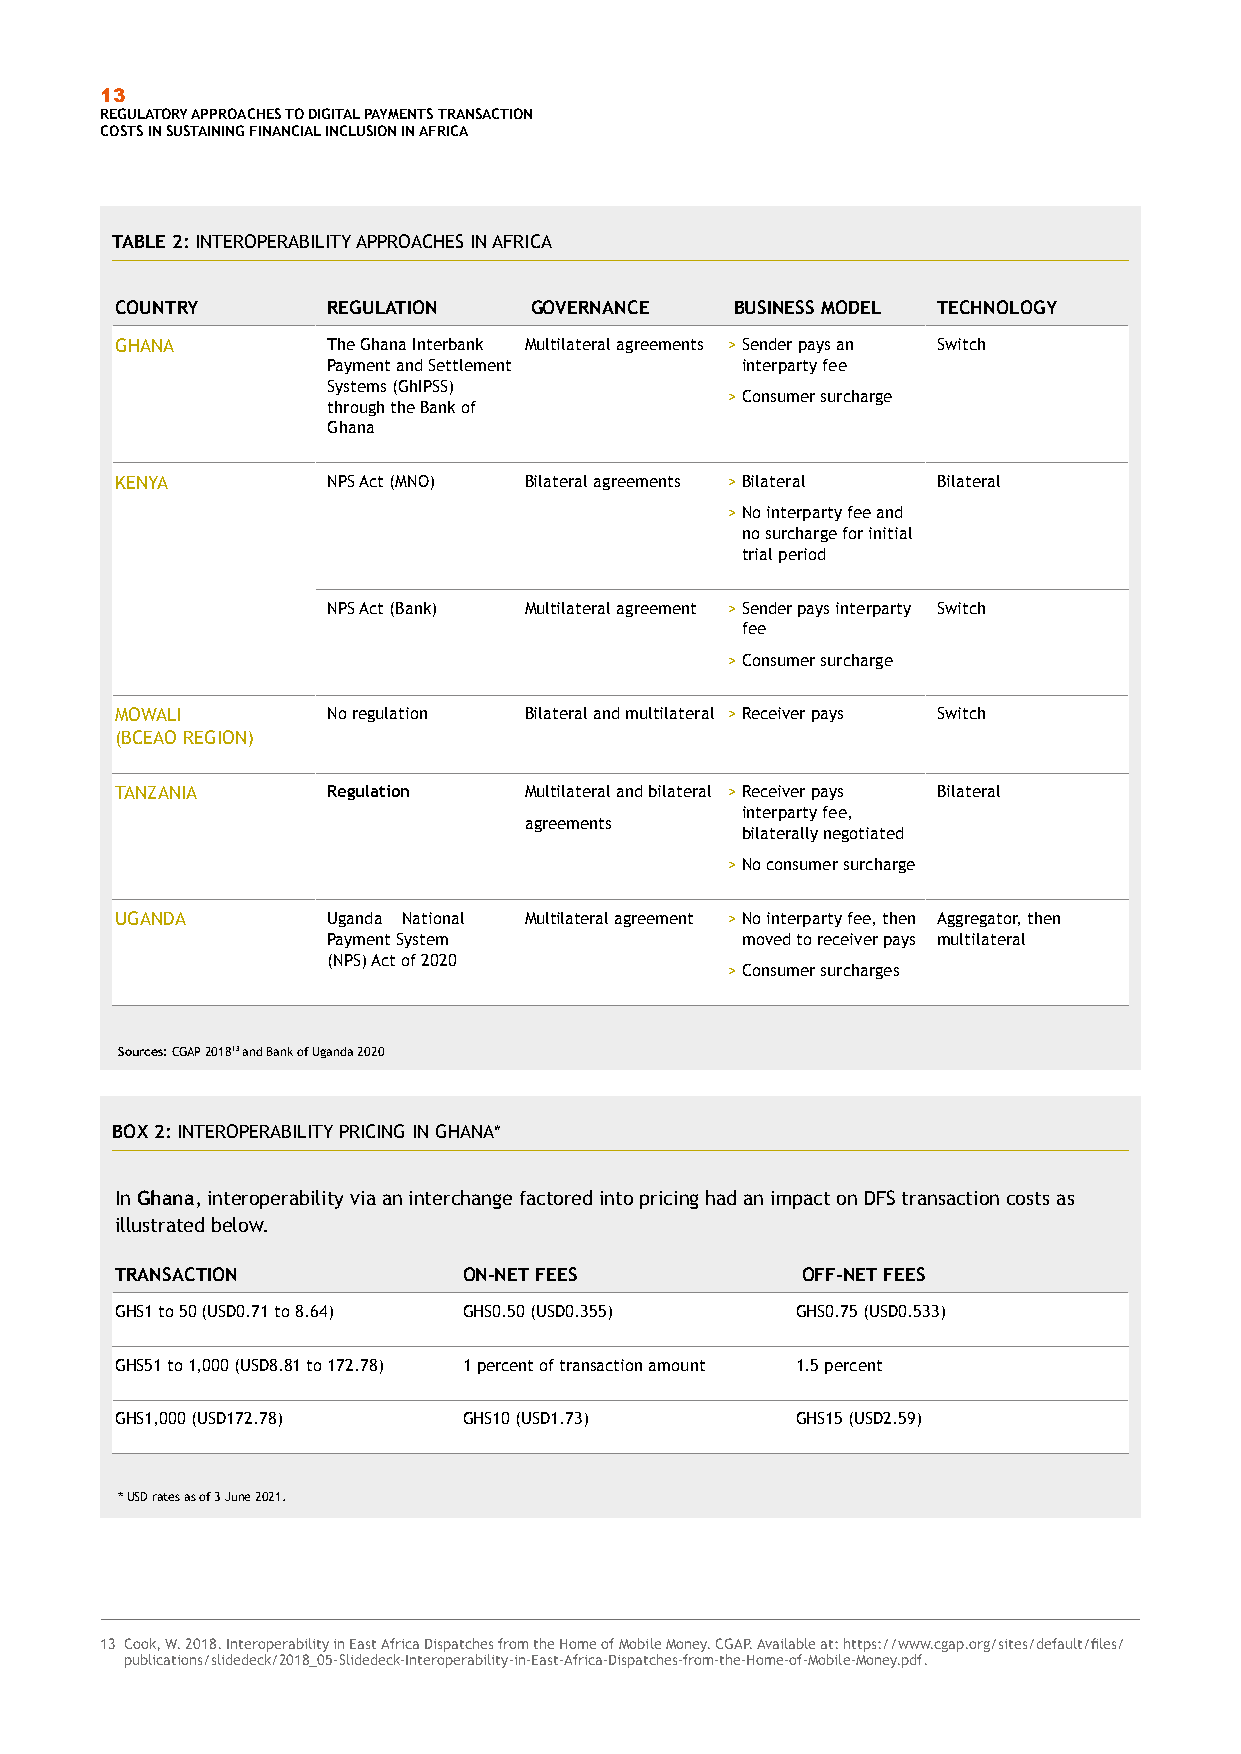
13
 REGULATORY APPROACHES TO DIGITAL PAYMENTS TRANSACTION
 COSTS IN SUSTAINING FINANCIAL INCLUSION IN AFRICA
 TABLE 2: INTEROPERABILITY APPROACHES IN AFRICA
 COUNTRY       REGULATION   GOVERNANCE    BUSINESS MODEL TECHNOLOGY
 GHANA         The Ghana Interbank Multilateral agreements > Sender pays an Switch
 Payment and Settlement     interparty fee
 Systems (GhIPSS)
 > Consumer surcharge
 through the Bank of
 Ghana
 KENYA         NPS Act (MNO) Bilateral agreements > Bilateral Bilateral
 > No interparty fee and
 no surcharge for initial
 trial period
 NPS Act (Bank) Multilateral agreement > Sender pays interparty Switch
 fee
 > Consumer surcharge
 MOWALI        No regulation Bilateral and multilateral > Receiver pays Switch
 (BCEAO REGION)
 TANZANIA      Regulation   Multilateral and bilateral > Receiver pays Bilateral
 interparty fee,
 agreements
 bilaterally negotiated
 > No consumer surcharge
 UGANDA        Uganda National Multilateral agreement > No interparty fee, then Aggregator, then
 Payment System             moved to receiver pays multilateral
 (NPS) Act of 2020
 > Consumer surcharges
 Sources: CGAP 201813 and Bank of Uganda 2020
 BOX 2: INTEROPERABILITY PRICING IN GHANA*
 In Ghana, interoperability via an interchange factored into pricing had an impact on DFS transaction costs as
 illustrated below.
 TRANSACTION            ON-NET FEES           OFF-NET FEES
 GHS1 to 50 (USD0.71 to 8.64) GHS0.50 (USD0.355) GHS0.75 (USD0.533)
 GHS51 to 1,000 (USD8.81 to 172.78) 1 percent of transaction amount 1.5 percent
 GHS1,000 (USD172.78)   GHS10 (USD1.73)       GHS15 (USD2.59)
 * USD rates as of 3 June 2021.
 13 Cook, W. 2018. Interoperability in East Africa Dispatches from the Home of Mobile Money. CGAP. Available at: https://www.cgap.org/sites/default/files/
 publications/slidedeck/2018_05-Slidedeck-Interoperability-in-East-Africa-Dispatches-from-the-Home-of-Mobile-Money.pdf.